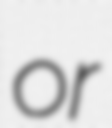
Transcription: or